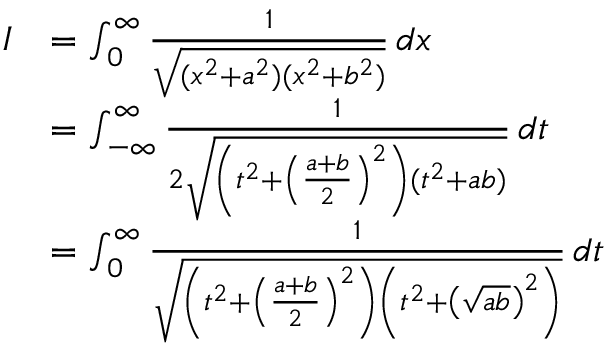
{ \begin{array} { r l } { I } & { = \int _ { 0 } ^ { \infty } { \frac { 1 } { \sqrt { ( x ^ { 2 } + a ^ { 2 } ) ( x ^ { 2 } + b ^ { 2 } ) } } } \, d x } \\ & { = \int _ { - \infty } ^ { \infty } { \frac { 1 } { 2 { \sqrt { \left( t ^ { 2 } + \left( { \frac { a + b } { 2 } } \right) ^ { 2 } \right) ( t ^ { 2 } + a b ) } } } } \, d t } \\ & { = \int _ { 0 } ^ { \infty } { \frac { 1 } { \sqrt { \left( t ^ { 2 } + \left( { \frac { a + b } { 2 } } \right) ^ { 2 } \right) \left( t ^ { 2 } + \left( { \sqrt { a b } } \right) ^ { 2 } \right) } } } \, d t } \end{array} }